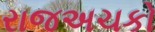
રાજઅચકો